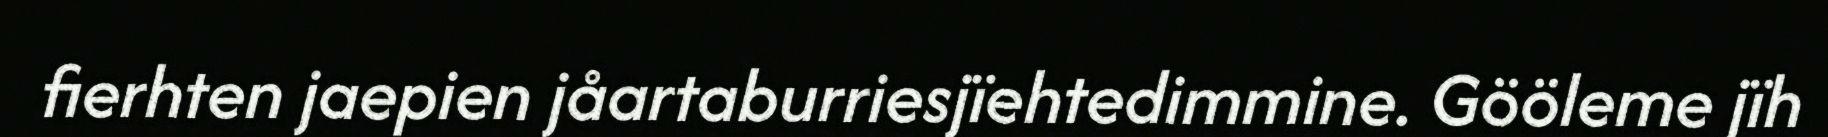
fierhten jaepien jåartaburriesjïehtedimmine. Gööleme jïh